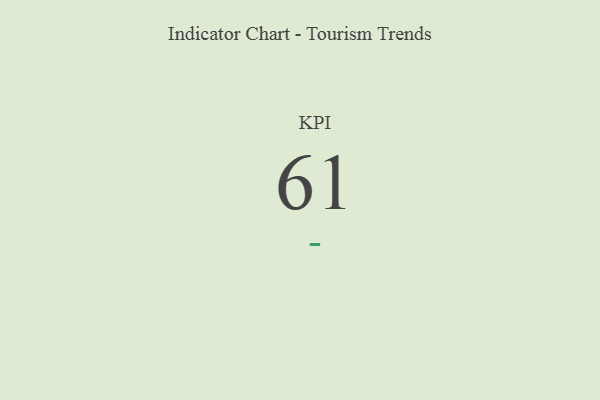
{"axis": {"x": "KPI", "y": "Value"}, "legend": [""], "data": [{"x": "KPI", "y": 61, "type": ""}]}